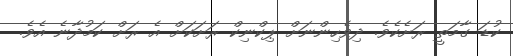
ކުޑަ ގާމަތީ ރަށެކެވެ. ދިވެހިންނަށް ޕިކްނިކް ރަށަކަށް އެ ރަށް ކަމުދާނެ އެވެ.